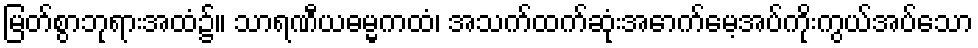
မြတ်စွာဘုရားအထံ၌။ သာရဏီယဓမ္မကထံ၊ အသက်ထက်ဆုံးအောက်မေ့အပ်ကိုးကွယ်အပ်သော